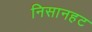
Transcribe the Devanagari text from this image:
निसानहट